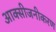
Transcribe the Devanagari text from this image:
आक्सीजनीकरण